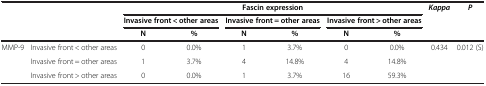
<table><thead><tr><td rowspan="3" colspan="2"><b> </b></td><td colspan="6"><b>Fascin expression</b></td><td rowspan="3"><b><i>Kappa</i></b></td><td rowspan="3"><b><i>P</i></b></td></tr><tr><td colspan="2"><b>Invasive front &lt; other areas</b></td><td colspan="2"><b>Invasive front = other areas</b></td><td colspan="2"><b>Invasive front &gt; other areas</b></td></tr><tr><td><b>N</b></td><td><b>%</b></td><td><b>N</b></td><td><b>%</b></td><td><b>N</b></td><td><b>%</b></td></tr></thead><tbody><tr><td rowspan="3">MMP-9</td><td>Invasive front &lt; other areas</td><td>0</td><td>0.0%</td><td>1</td><td>3.7%</td><td>0</td><td>0.0%</td><td rowspan="3">0.434</td><td rowspan="3">0.012 (S)</td></tr><tr><td>Invasive front = other areas</td><td>1</td><td>3.7%</td><td>4</td><td>14.8%</td><td>4</td><td>14.8%</td></tr><tr><td>Invasive front &gt; other areas</td><td>0</td><td>0.0%</td><td>1</td><td>3.7%</td><td>16</td><td>59.3%</td></tr></tbody></table>